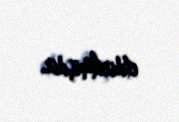
etdirilmişdir.